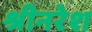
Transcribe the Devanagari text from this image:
श्रीनरेश